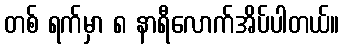
တစ် ရက်မှာ ၈ နာရီလောက်အိပ်ပါတယ်။